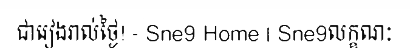
ជារៀងរាល់ថ្ងៃ! - Sne9 Home | Sne9លក្ខណៈ